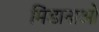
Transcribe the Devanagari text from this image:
मिंडानाओ